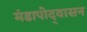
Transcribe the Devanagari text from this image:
मंडापोद्‌वासन